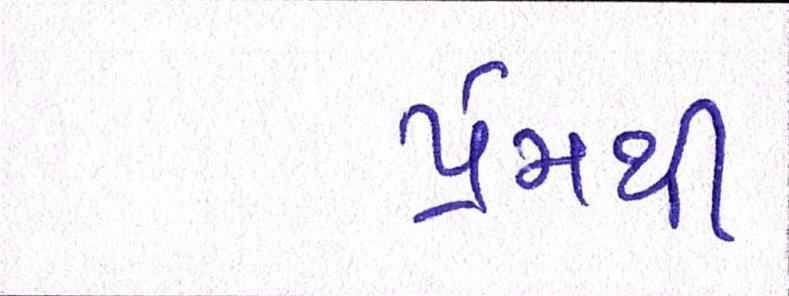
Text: પ્રેમથી